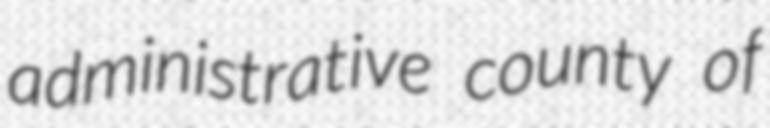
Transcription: administrative county of